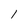
Character: 1